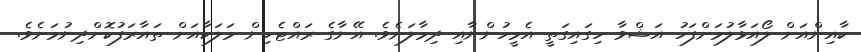
ކާއިންއަށް ލޯއަޅާލުމަށްފަހު އަޝްވާ ހިގައިގަތީ އެމީހުންނާއި ދިމާލަށެވެ. އޭނާގެ ރައްޓެހިން މަލަކާއަށް ތައާރަފުކޮށްދިނުމަށެވެ.